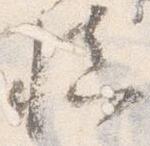
慎